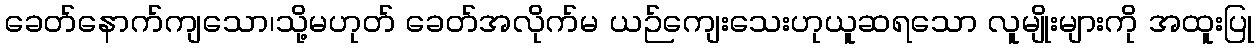
ခေတ်နောက်ကျသော၊သို့မဟုတ် ခေတ်အလိုက်မ ယဉ်ကျေးသေးဟုယူဆရသော လူမျိုးများကို အထူးပြု